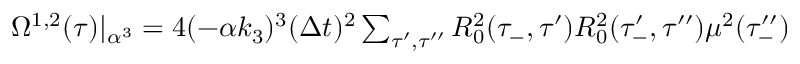
\begin{array} { r } { \Omega ^ { 1 , 2 } ( \tau ) | _ { \alpha ^ { 3 } } = 4 ( - \alpha k _ { 3 } ) ^ { 3 } ( \Delta t ) ^ { 2 } \sum _ { \tau ^ { \prime } , \tau ^ { \prime \prime } } R _ { 0 } ^ { 2 } ( \tau _ { - } , \tau ^ { \prime } ) R _ { 0 } ^ { 2 } ( \tau _ { - } ^ { \prime } , \tau ^ { \prime \prime } ) \mu ^ { 2 } ( \tau _ { - } ^ { \prime \prime } ) } \end{array}